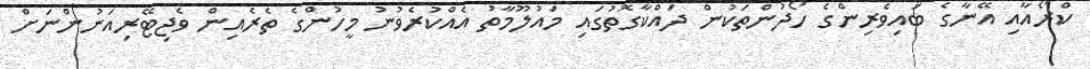
ކްރޯއާއި އޭނާގެ ބައިވެރިންގެ ހޯދުންތަކުން ދައްކާގޮތުގައި މައުލޫމާތު އެއްކުރެވުނު މީހުންގެ ތެރެއިން ވެޖިޓޭރިއަނުންނަށް